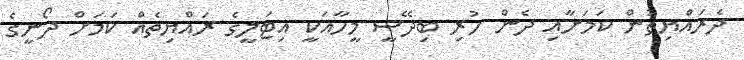
ދެރައްޔިތުން ކަމަށާއި ދެން ހުރި ބިދޭސީ މީހާއަކީ އިޓަލީގެ ރައްޔިތެއް ކަމަށް ދޯނީގެ